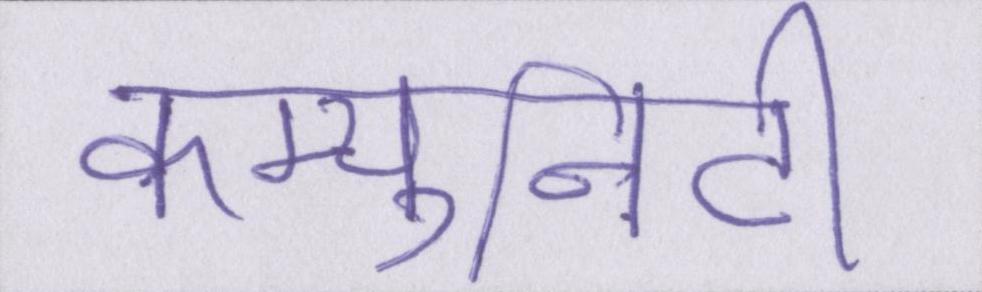
कम्युनिटी